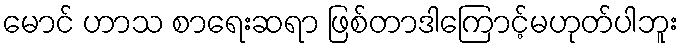
မောင် ဟာသ စာရေးဆရာ ဖြစ်တာဒါကြောင့်မဟုတ်ပါဘူး